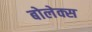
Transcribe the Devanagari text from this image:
बोलेक्स